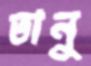
তানু